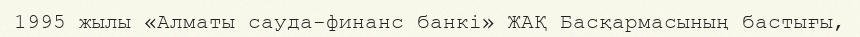
1995 жылы «Алматы сауда-финанс банкі» ЖАҚ Басқармасының бастығы,